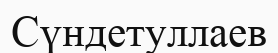
Сүндетуллаев